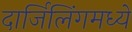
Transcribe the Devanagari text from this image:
दार्जिलिंगमध्ये